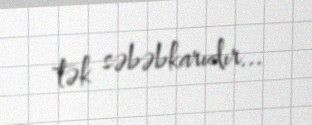
tək səbəbkarıdır...